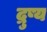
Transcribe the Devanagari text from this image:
द्रुष्य